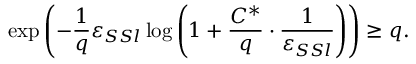
\exp \left( - \frac { 1 } { q } \varepsilon _ { S S l } \log \left( 1 + \frac { C ^ { * } } { q } \cdot \frac { 1 } { \varepsilon _ { S S l } } \right) \right) \geq q .